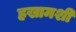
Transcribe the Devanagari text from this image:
हखामशी